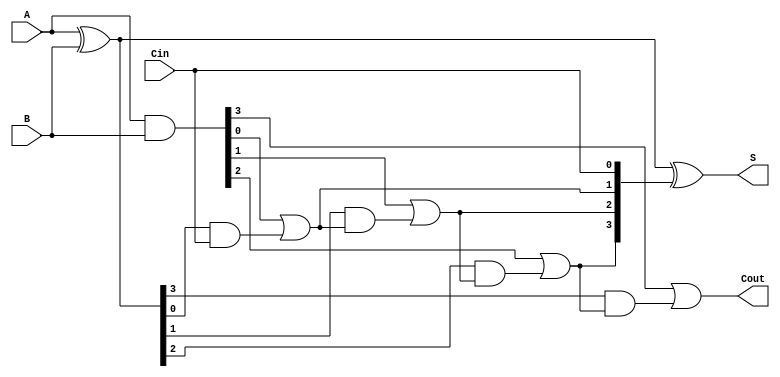
module RCLA #(parameter N = 4) (
    input  wire [N-1:0] A,      // First n-bit input
    input  wire [N-1:0] B,      // Second n-bit input
    input  wire Cin,             // Carry input
    output wire [N-1:0] S,       // n-bit sum output
    output wire Cout             // Carry output
);

    wire [N-1:0] G; // Generate signals
    wire [N-1:0] P; // Propagate signals
    wire [N:0] C;   // Carry signals
    
    // Generate and Propagate signals
    assign G = A & B;           // G_i = A_i * B_i
    assign P = A ^ B;           // P_i = A_i XOR B_i
    
    // Carry signals calculation
    assign C[0] = Cin;          // Initial carry
    genvar i;
    generate
        for (i = 0; i < N; i = i + 1) begin : carry_generation
            assign C[i + 1] = G[i] | (P[i] & C[i]); // C_(i+1) = G_i + (P_i * C_i)
        end
    endgenerate

    // Sum calculation
    assign S = P ^ C[N-1:0]; // S_i = P_i XOR C_i

    // Carry output
    assign Cout = C[N];       // Final Carry out

endmodule